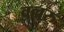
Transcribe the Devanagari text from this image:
वल्लरु